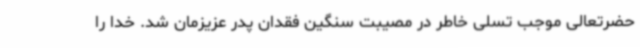
حضرتعالی موجب تسلی خاطر در مصیبت سنگین فقدان پدر عزیزمان شد. خدا را